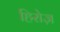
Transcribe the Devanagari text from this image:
हिरोज़